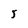
Character: 5